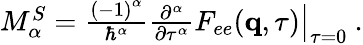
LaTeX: \begin{array}{r}{M_{\alpha}^{S}=\frac{\left(-1\right)^{\alpha}}{\hbar^{\alpha}}\left.\frac{\partial^{\alpha}}{\partial\tau^{\alpha}}F_{ee}(\mathbf{q},\tau)\right|_{\tau=0}\ .}\end{array}